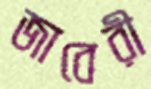
জাবেরী